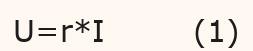
U=r*І        (1)